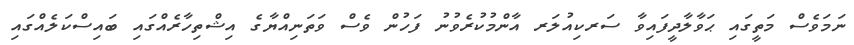
ނަމަވެސްް މަތީގައި ޙަވާލާދީފައިވާ ސަރކިއުލަރ އާންމުކުރެވުނު ފަހުން ވެސް ވަތަނިއްޔާގެ އިޝްތިހާރެއްގައި ބައިސްކަލެއްގައި